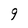
Character: 9